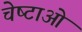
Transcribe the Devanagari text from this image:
चेष्‍टाओं